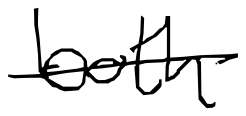
Text: both
Cross-out: single-line
Writing tool: digital_black